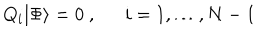
LaTeX: Q _ { i } | \Phi \rangle = 0 \ , \ \ \quad i = 1 , \ldots , N - 1